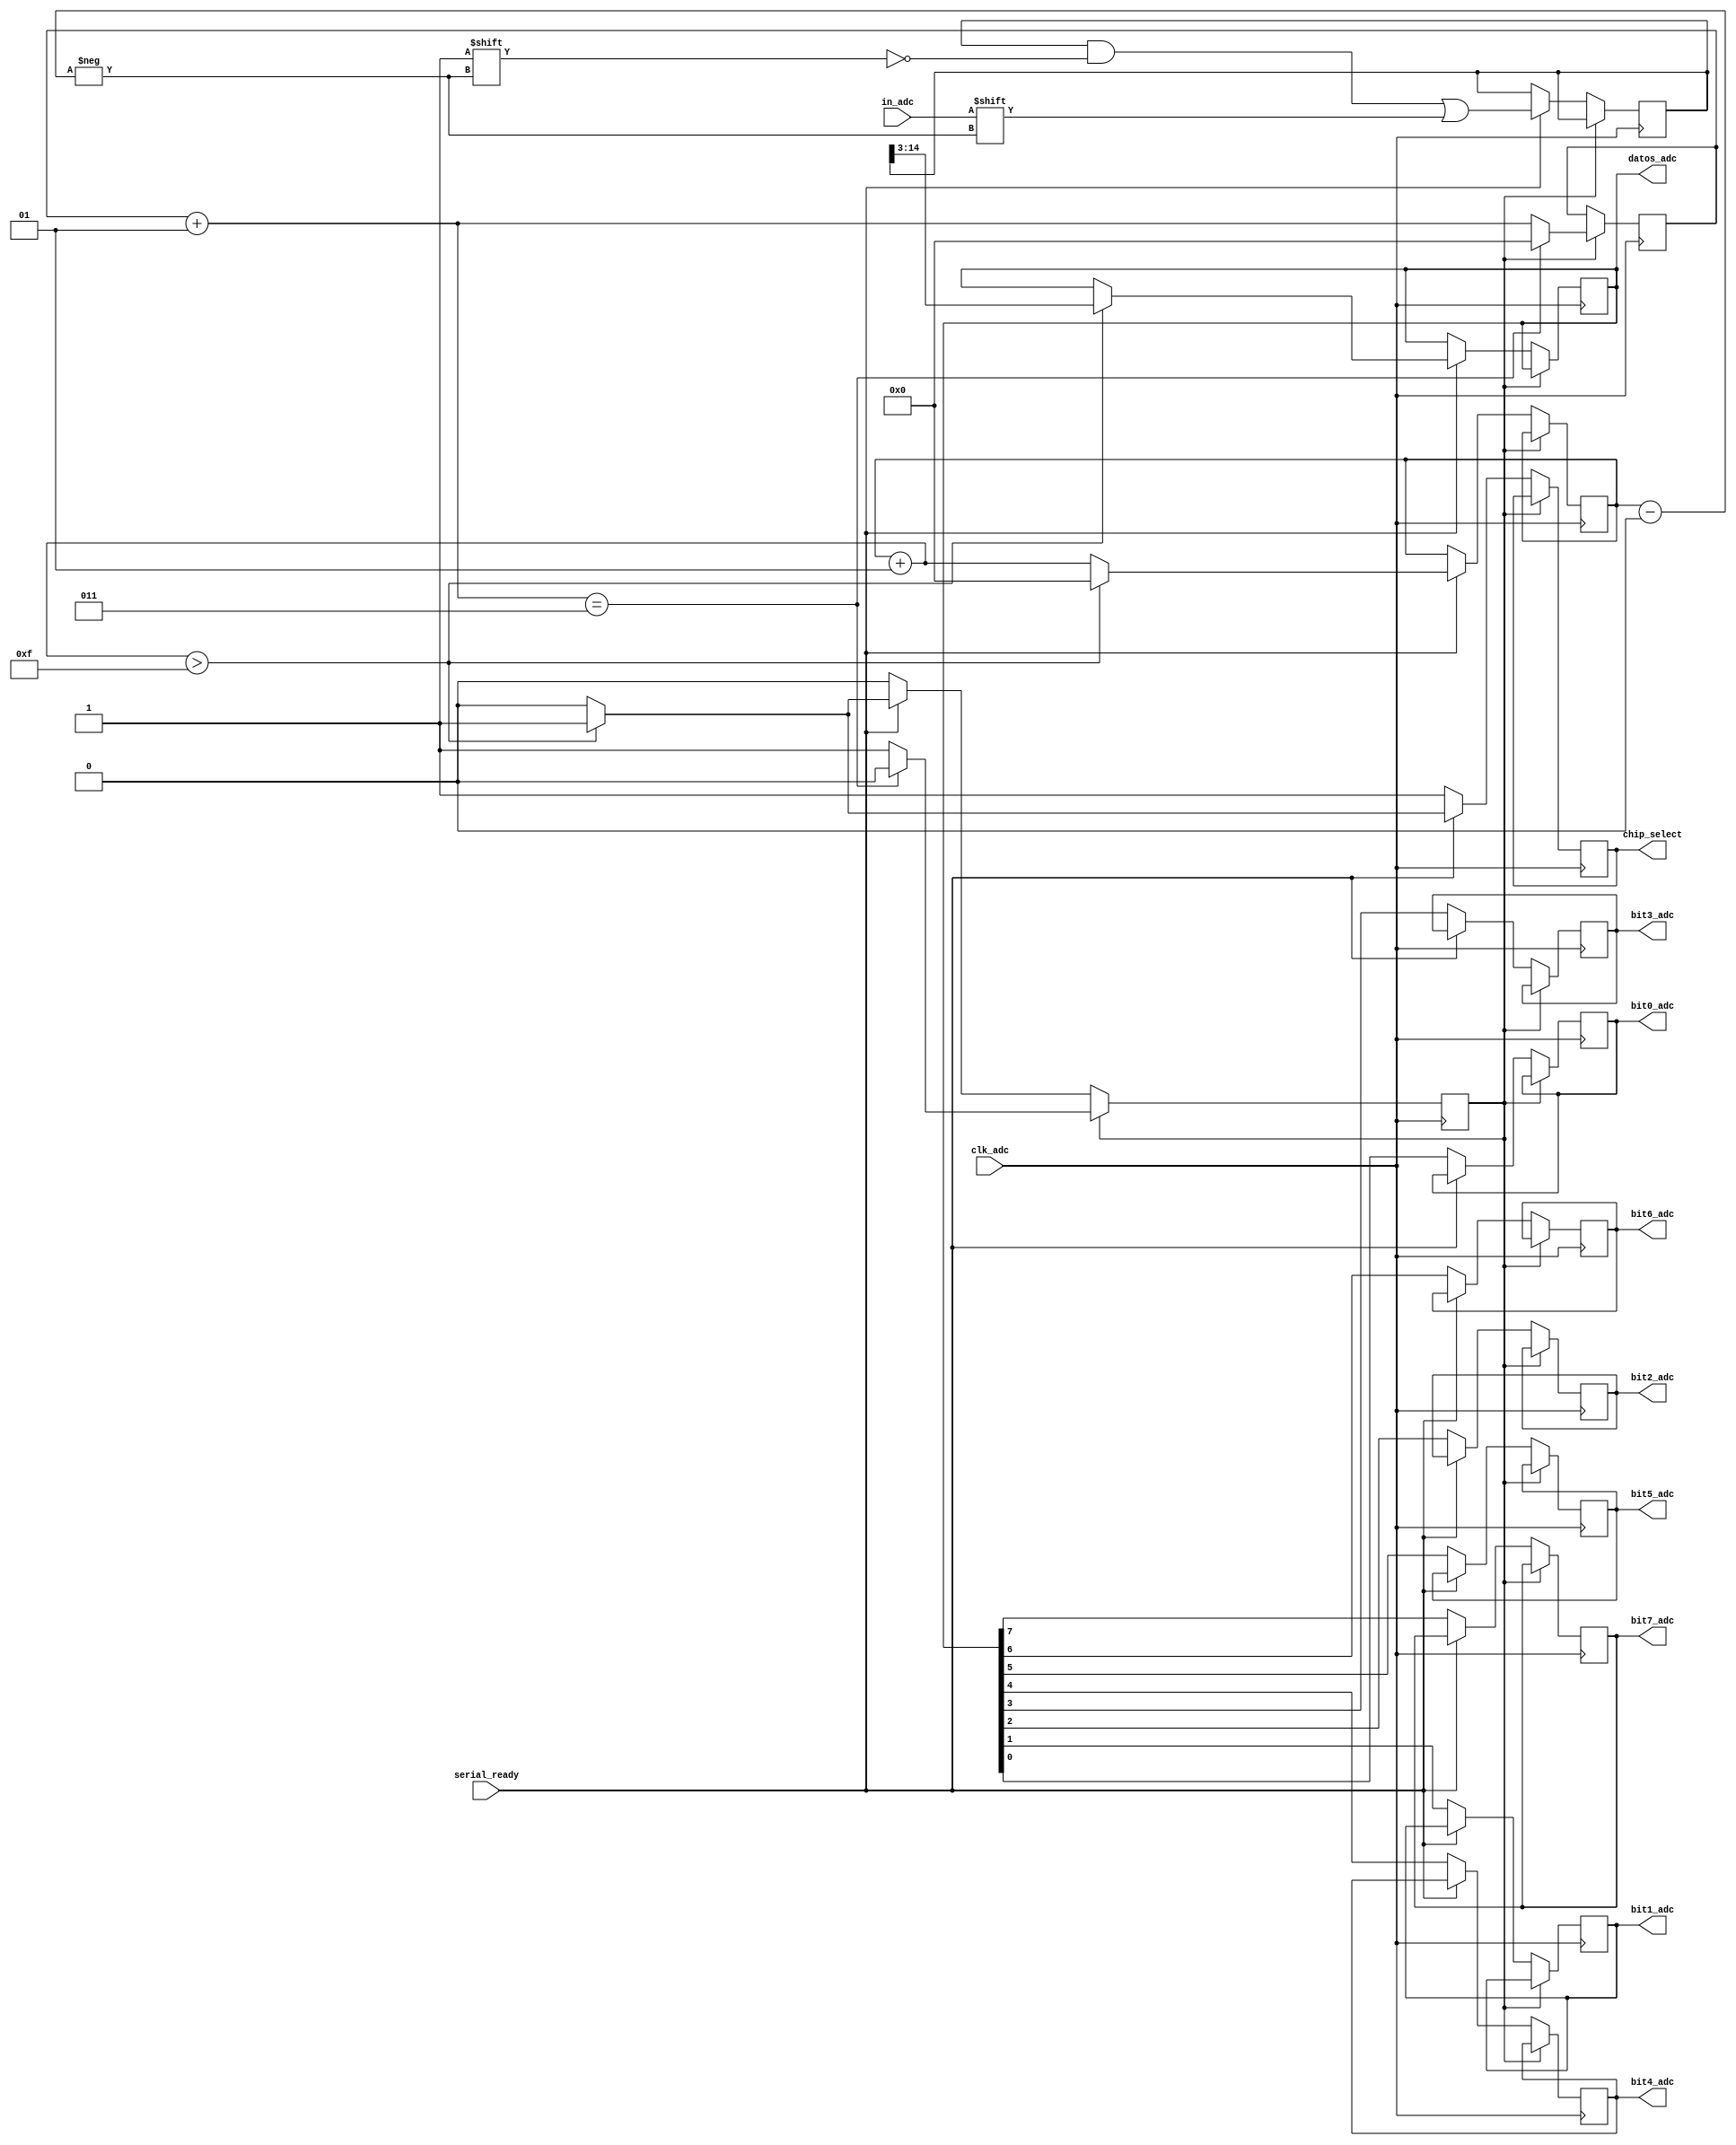
// ADC Reader
// Lee los datos del conversor ADC MCP3201
// Kamilla Peixoto 19/01/2023

module adc_reader
#(parameter  datos_bits = 12, total_bits = 15)
(
	input clk_adc, serial_ready, in_adc,
	output reg chip_select, bit0_adc, bit1_adc, bit2_adc, bit3_adc, bit4_adc, bit5_adc, bit6_adc, bit7_adc,
	output reg [datos_bits-1:0] datos_adc
);

	
	integer contador, contador_cs;
	reg [total_bits-1:0] full_data;
	reg cont_out;
	
		
	initial
	begin
		chip_select <= 1;
		contador    = 0;	
	   datos_adc = 12'b0;  // datos_bits = 12, 
		full_data = 15'b0; // total_bits = 15
		cont_out = 1'b0;
		contador_cs = 0;
	end // initial


	always @ (negedge clk_adc) // La hoja de datos del ADC dijo que los datos son enviados el la falling edge
	begin
		if (cont_out==1'b1)
		begin
			contador_cs = contador_cs + 1;
			if (contador_cs == 3)
			begin
				cont_out = 1'b0;
				contador_cs = 0;
			end
		end
		else if (serial_ready == 1'b1) // Si la comunicacion serial ha terminado
		begin
			chip_select = 1'b0;	   // Pede datos al conversor ADC y desactiva el bloque de comunicacion
			// OJO: Solo vay a recibir en el proximo ciclo
			cont_out = 1'b0;
			full_data[contador] <= in_adc;
		
			
			contador = contador + 1; //Conta los datos recibidos
			
			
			if (contador > total_bits)
			begin
				chip_select <= 1'b1;	   // Para de pedir datos al conversor ADC y activa el bloque de comunicacion serial
				datos_adc <= full_data[total_bits-1:3];
				contador = 0;
				cont_out = 1'b1;
			end

			
		end // if (serial_ready == 1'b1)
		else
		begin
			chip_select <= 1'b1;	
			//Solo es necesario enviar 8 bits - especificaciones del proyecto
			//La salida ser dividida en bits porque el bloque de comunicacion serial no puede recibir
			//un conjunto de bits como input 
			bit0_adc <= datos_adc[0];
			bit1_adc <= datos_adc[1];
			bit2_adc <= datos_adc[2];
			bit3_adc <= datos_adc[3];
			bit4_adc <= datos_adc[4];
			bit5_adc <= datos_adc[5];
			bit6_adc <= datos_adc[6];
			bit7_adc <= datos_adc[7];

			//MSB First
		end
	end // always @ (posedge clk_adc)


endmodule